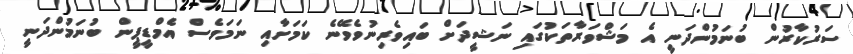
ސަރުކާރުން ބުނަމުންދަނީ އެ މަޝްވަރާތަކުގައި ނަޝީދަށް ބައިވެރިނުވެވޭނެ ކަމަށާއި ނަމަވެސް އެމްޑީޕީން ބުނަމުންދަނީ